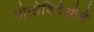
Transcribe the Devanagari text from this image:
मोन्तेविदेओचे